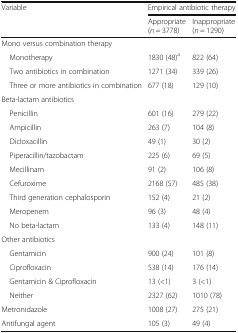
| <ROWSPAN=2> Variable | <COLSPAN=2> Empirical antibiotic therapy |
 | Appropriate (n = 3778) | Inappropriate (n = 1290) |
 | --- | --- | --- |
 | <COLSPAN=3> Mono versus combination therapy |
 | Monotherapy | 1830 (48)a | 822 (64) |
 | Two antibiotics in combination | 1271 (34) | 339 (26) |
 | Three or more antibiotics in combination | 677 (18) | 129 (10) |
 | <COLSPAN=3> Beta-lactam antibiotics |
 | Penicillin | 601 (16) | 279 (22) |
 | Ampicillin | 263 (7) | 104 (8) |
 | Dicloxacillin | 49 (1) | 30 (2) |
 | Piperacillin/tazobactam | 225 (6) | 69 (5) |
 | Mecillinam | 91 (2) | 106 (8) |
 | Cefuroxime | 2168 (57) | 485 (38) |
 | Third generation cephalosporin | 152 (4) | 21 (2) |
 | Meropenem | 96 (3) | 48 (4) |
 | No beta-lactam | 133 (4) | 148 (11) |
 | <COLSPAN=3> Other antibiotics |
 | Gentamicin | 900 (24) | 101 (8) |
 | Ciprofloxacin | 538 (14) | 176 (14) |
 | Gentamicin & Ciprofloxacin | 13 (<1) | 3 (<1) |
 | Neither | 2327 (62) | 1010 (78) |
 | Metronidazole | 1008 (27) | 275 (21) |
 | Antifungal agent | 105 (3) | 49 (4) |